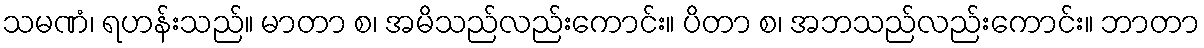
သမဏံ၊ ရဟန်းသည်။ မာတာ စ၊ အမိသည်လည်းကောင်း။ ပိတာ စ၊ အဘသည်လည်းကောင်း။ ဘာတာ